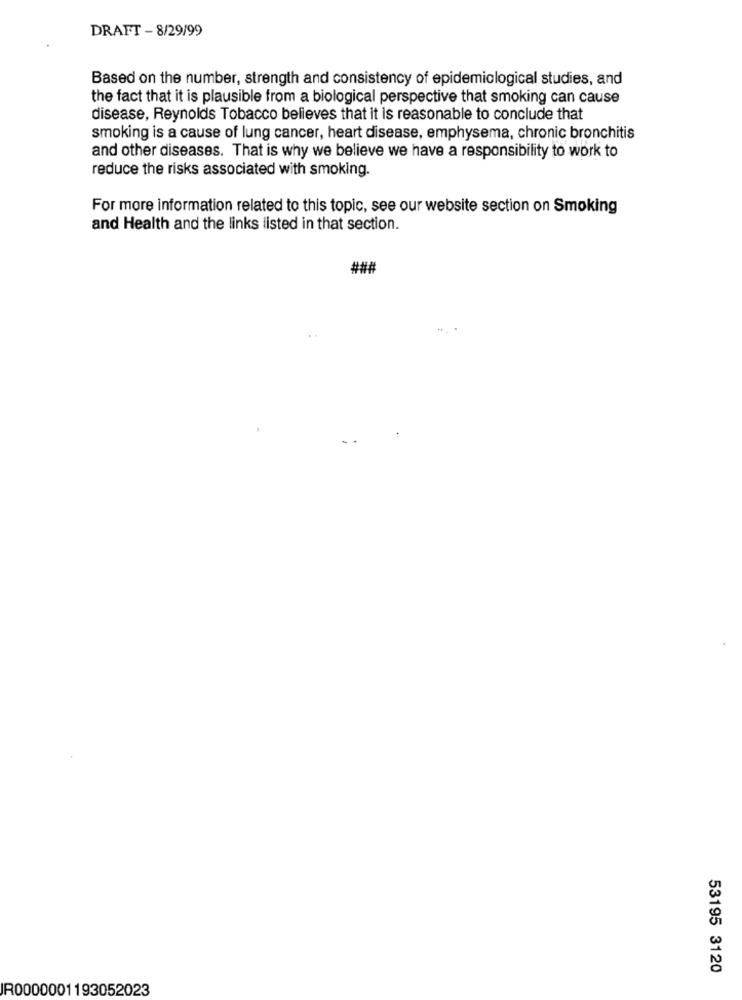
DRAFT - 8/29/99
Based on the number, strength and consistency of epidemiological studies, and
the fact that it is plausible from a biological perspective that smoking can cause
disease, Reynolds Tobacco believes that it is reasonable to conclude that
smoking is a cause of lung cancer, heart disease, emphysema, chronic bronchitis
and other diseases. That is why we believe we have a responsibility to work to
reduce the risks associated with smoking.
For more information related to this topic, see our website section on Smoking
and Health and the links listed in that section.
###
53195 3120
IR0000001193052023